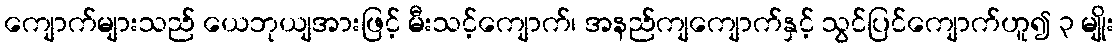
ကျောက်များသည် ယေဘုယျအားဖြင့် မီးသင့်ကျောက်၊ အနည်ကျကျောက်နှင့် သွင်ပြင်ကျောက်ဟူ၍ ၃ မျိုး